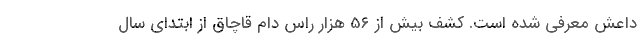
داعش معرفی شده است. کشف بیش از 56 هزار راس دام قاچاق از ابتدای سال